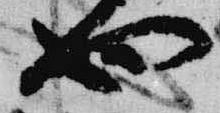
也